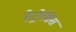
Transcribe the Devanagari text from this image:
हेट्रोसिस